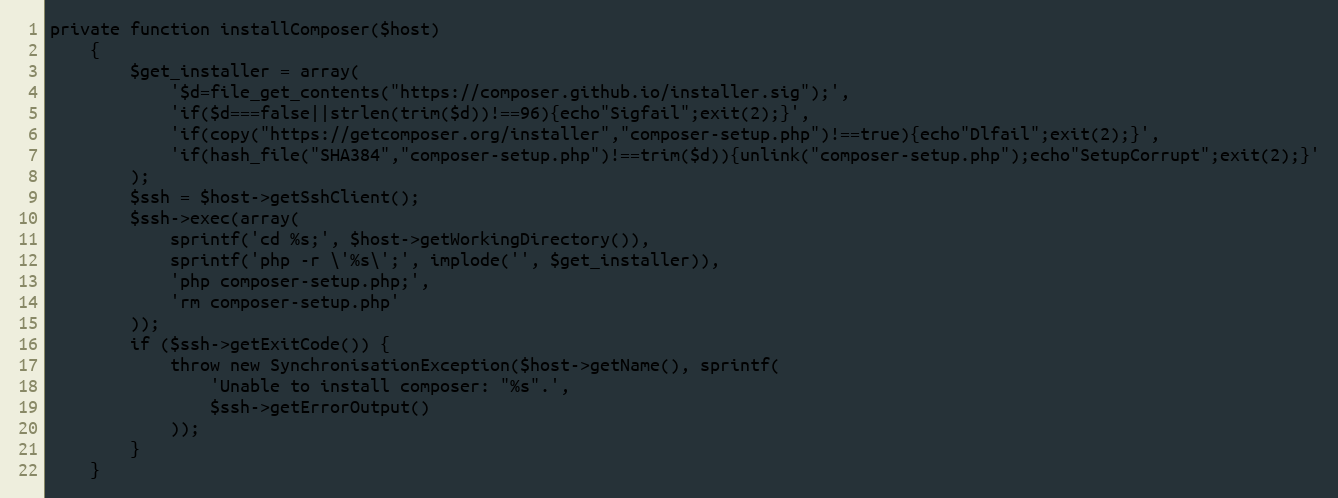
Language: PHP
private function installComposer($host)
    {
        $get_installer = array(
            '$d=file_get_contents("https://composer.github.io/installer.sig");',
            'if($d===false||strlen(trim($d))!==96){echo"Sigfail";exit(2);}',
            'if(copy("https://getcomposer.org/installer","composer-setup.php")!==true){echo"Dlfail";exit(2);}',
            'if(hash_file("SHA384","composer-setup.php")!==trim($d)){unlink("composer-setup.php");echo"SetupCorrupt";exit(2);}'
        );
        $ssh = $host->getSshClient();
        $ssh->exec(array(
            sprintf('cd %s;', $host->getWorkingDirectory()),
            sprintf('php -r \'%s\';', implode('', $get_installer)),
            'php composer-setup.php;',
            'rm composer-setup.php'
        ));
        if ($ssh->getExitCode()) {
            throw new SynchronisationException($host->getName(), sprintf(
                'Unable to install composer: "%s".',
                $ssh->getErrorOutput()
            ));
        }
    }